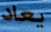
يعاد